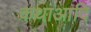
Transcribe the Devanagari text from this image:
कथाआदि